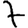
Digit: 7